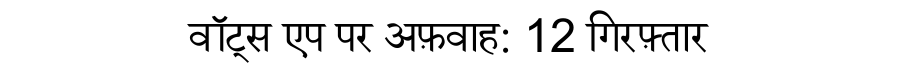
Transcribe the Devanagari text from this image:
वॉट्स एप पर अफ़वाह: 12 गिरफ़्तार